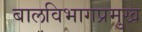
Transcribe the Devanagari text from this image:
बालविभागप्रमुख